Civil Veterinary Dept. Bombay admin report 1932-41 - 1932-1941
Year: 1932
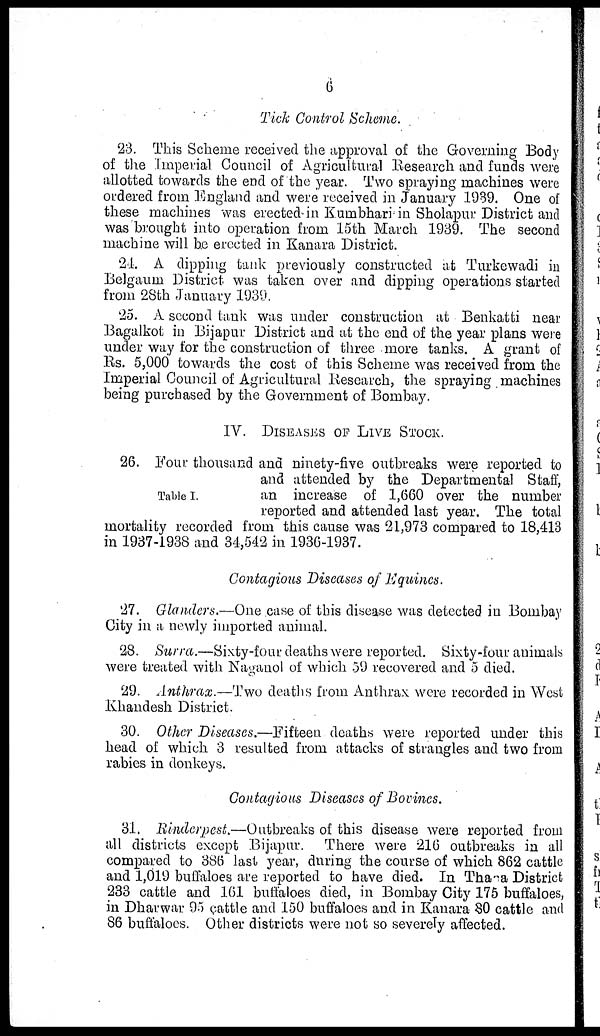
6
Tick Control Scheme.
23. This Scheme received the approval of the Governing Body
of the Imperial Council of Agricultural Research and funds were
allotted towards the end of the year. Two spraying machines were
ordered from England and were received in January 1939. One of
these machines was erected in Kumbhari in Sholapur District and
was brought into operation from 15th March 1939. The second
machine will be erected in Kanara District.
24. A dipping tank previously constructed at Turkewadi in
Belgaum District was taken over and dipping operations started
from 28th January 1939.
25. A second tank was under construction at Benkatti near
Bagalkot in Bijapur District and at the end of the year plans were
under way for the construction of three more tanks. A grant of
Rs. 5,000 towards the cost of this Scheme was received from the
Imperial Council of Agricultural Research, the spraying machines
being purchased by the Government of Bombay.
IV. DISEASES OF LIVE STOCK.
Table I.
26. Four thousand and ninety-five outbreaks were reported to
and attended by the Departmental Staff,
an increase of 1,660 over the number
reported and attended last year. The total
mortality recorded from this cause was 21,973 compared to 18,413
in 1937-1938 and 34,542 in 1936-1937.
Contagious Diseases of Equines.
27. Glanders.—One case of this disease was detected in Bombay
City in a newly imported animal.
28. Surra.—Sixty-four deaths were reported. Sixty-four animals
were treated with Naganol of which 59 recovered and 5 died.
29. Anthrax.—Two deaths from Anthrax were recorded in West
Khandesh District.
30. Other Diseases.—Fifteen deaths were reported under this
head of which 3 resulted from attacks of strangles and two from
rabies in donkeys.
Contagious Diseases of Bovines.
31. Rinderpest.—Outbreaks of this disease were reported from
all districts except Bijapur. There were 216 outbreaks in all
compared to 386 last year, during the course of which 862 cattle
and 1,019 buffaloes are reported to have died. In Thana District
233 cattle and 161 buffaloes died, in Bombay City 175 buffaloes,
in Dharwar 95 cattle and 150 buffaloes and in Kanara 80 cattle and
86 buffaloes. Other districts were not so severely affected.